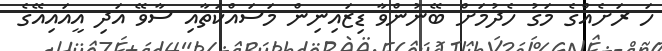
ހަ ރަށެއްގެ މަގު ހެދުމަށް ބޭނުންވާ ޑިޒައިނިން މަސައްކަތާއި ސާވޭ އަދި އީއައިއޭގެ